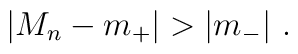
\left|M_n-m_+\right| > \left|m_-\right|\,.